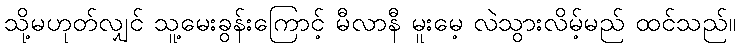
သို့မဟုတ်လျှင် သူ့မေးခွန်းကြောင့် မီလာနီ မူးမေ့ လဲသွားလိမ့်မည် ထင်သည်။